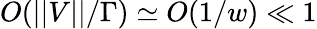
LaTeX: O(||V||/\Gamma)\simeq O(1/w)\ll 1